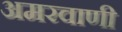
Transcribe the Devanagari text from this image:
अमरवाणी